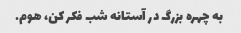
به چهره بزرگ در آستانه شب فکر کن، هوم.